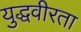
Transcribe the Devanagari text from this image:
युद्धवीरता